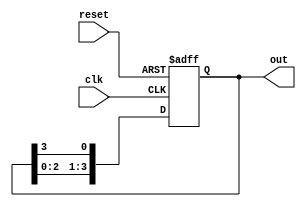
module ring_counter #(
    parameter N = 4  // Number of memory blocks (flip-flops)
)(
    input wire clk,       // Clock signal
    input wire reset,     // Asynchronous reset signal
    output reg [N-1:0] out // Output representing the state of the counter
);

// Internal signal to hold the next state
reg [N-1:0] next_state;

// Always block for state transition
always @(posedge clk or posedge reset) begin
    if (reset) begin
        // Reset to initial state (only the first flip-flop is high)
        out <= 1'b1 << 0; // State 0: 000...001
    end else begin
        // Shift the '1' to the next flip-flop
        out <= {out[N-2:0], out[N-1]}; // Shift left
    end
end

endmodule